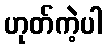
ဟုတ်ကဲ့ပါ